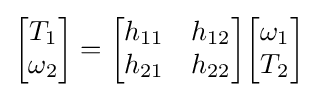
{\begin{bmatrix}T_{1}\\\omega _{2}\end{bmatrix}}={\begin{bmatrix}h_{11}&h_{12}\\h_{21}&h_{22}\end{bmatrix}}{\begin{bmatrix}\omega _{1}\\T_{2}\end{bmatrix}}